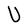
Character: U